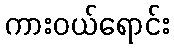
ကားဝယ်ရောင်း